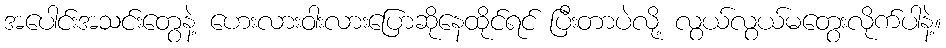
အပေါင်းအသင်းတွေနဲ့ ဟေးလားဝါးလားပြောဆိုနေထိုင်ရင် ပြီးတာပဲလို့ လွယ်လွယ်မတွေးလိုက်ပါနဲ့။